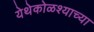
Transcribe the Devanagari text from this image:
येथेकोळश्याच्या